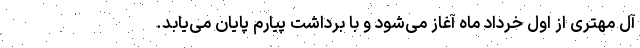
آل مهتری از اول خرداد ماه آغاز می‌شود و با برداشت پیارم پایان می‌یابد.